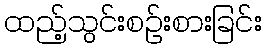
ထည့်သွင်းစဉ်းစားခြင်း